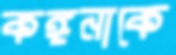
কঙ্গনাকে